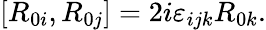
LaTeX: [R_{0i},R_{0j}]=2i\varepsilon_{ijk}R_{0k}.